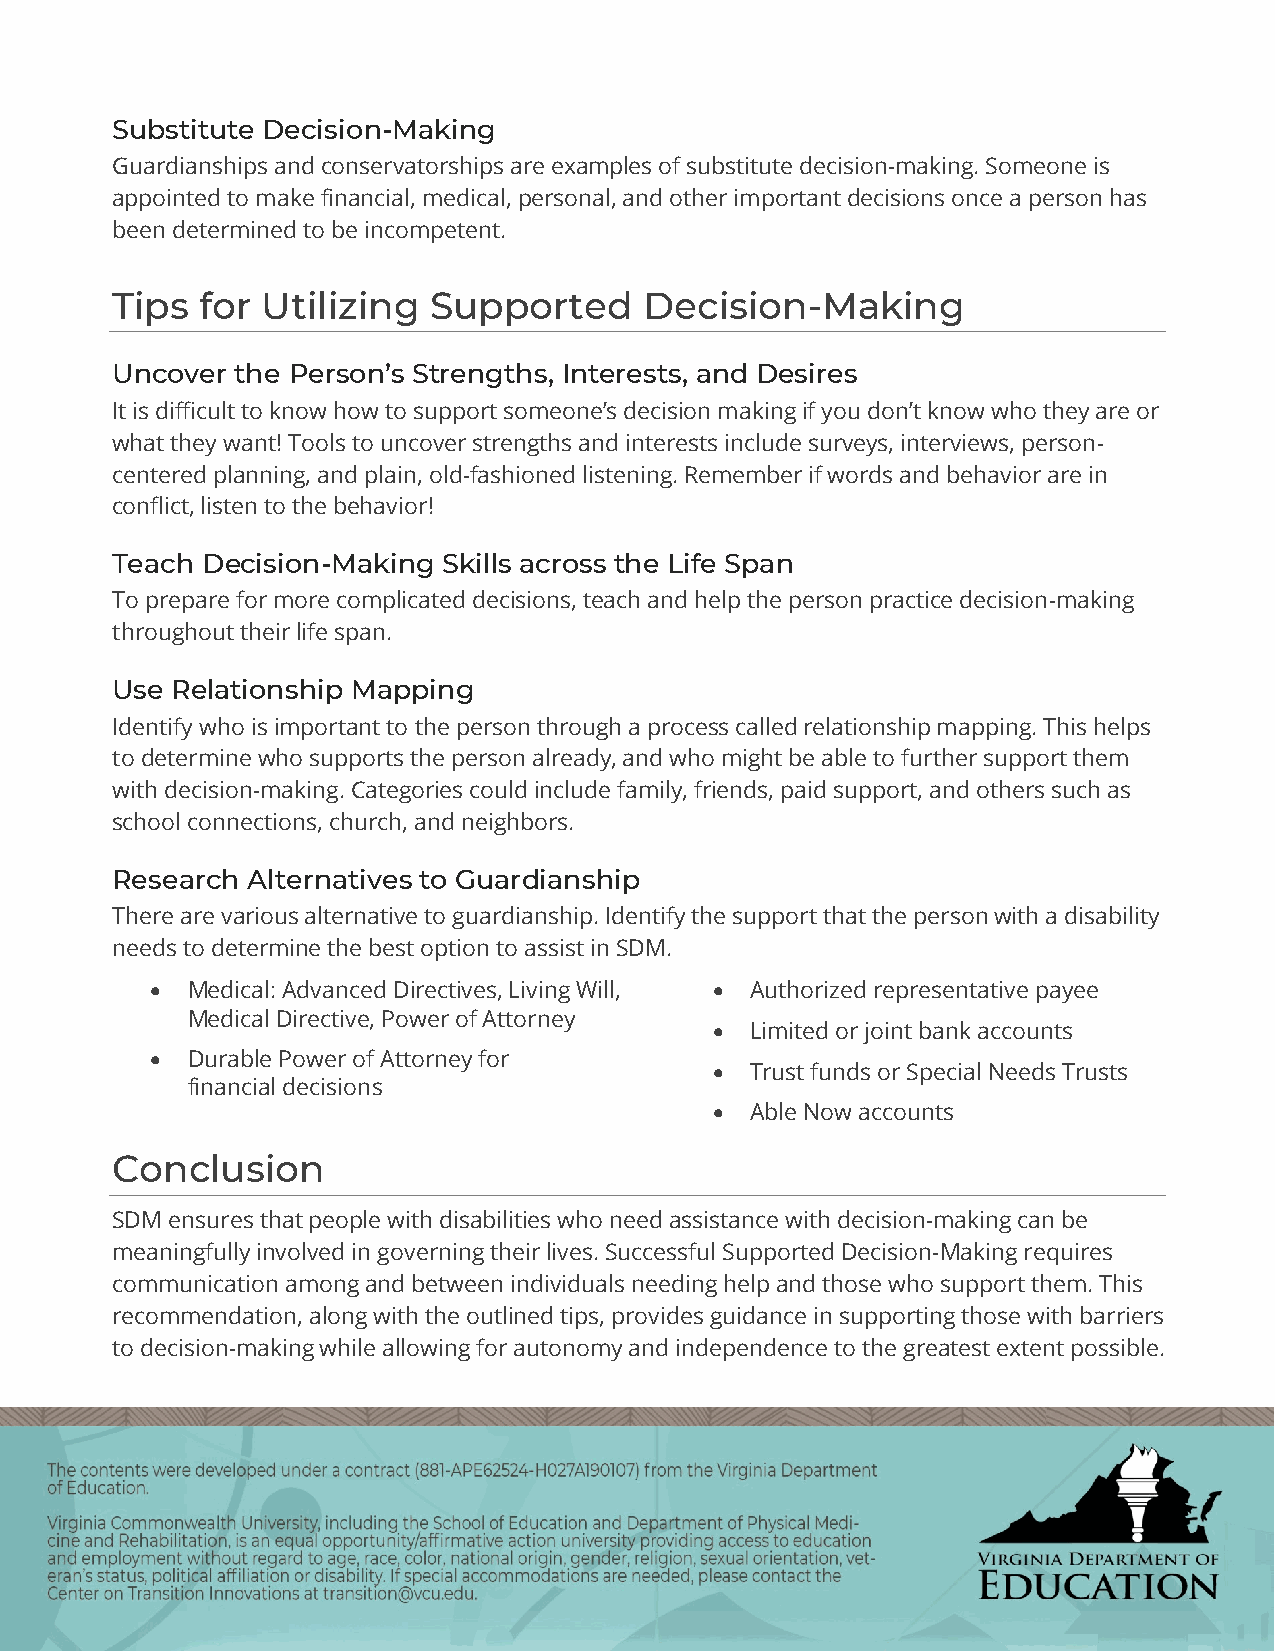
Substitute Decision-Making
 Guardianships and conservatorships are examples of substitute decision-making. Someone is
 appointed to make financial, medical, personal, and other important decisions once a person has
 been determined to be incompetent.
 Tips  for Utilizing  Supported      Decision-Making
 Uncover  the Person’s Strengths, Interests, and Desires
 It is difficult to know how to support someone’s decision making if you don’t know who they are or
 what they want! Tools to uncover strengths and interests include surveys, interviews, person-
 centered planning, and plain, old-fashioned listening. Remember if words and behavior are in
 conflict, listen to the behavior!
 Teach Decision-Making Skills across the Life Span
 To prepare for more complicated decisions, teach and help the person practice decision-making
 throughout their life span.
 Use Relationship Mapping
 Identify who is important to the person through a process called relationship mapping. This helps
 to determine who supports the person already, and who might be able to further support them
 with decision-making. Categories could include family, friends, paid support, and others such as
 school connections, church, and neighbors.
 Research Alternatives to Guardianship
 There are various alternative to guardianship. Identify the support that the person with a disability
 needs to determine the best option to assist in SDM.
  Medical: Advanced Directives, Living Will,  Authorized representative payee
 Medical Directive, Power of Attorney
   Limited or joint bank accounts
  Durable Power of Attorney for
   Trust funds or Special Needs Trusts
 financial decisions
   Able Now accounts
 Conclusion
 SDM ensures that people with disabilities who need assistance with decision-making can be
 meaningfully involved in governing their lives. Successful Supported Decision-Making requires
 communication among and between individuals needing help and those who support them. This
 recommendation, along with the outlined tips, provides guidance in supporting those with barriers
 to decision-making while allowing for autonomy and independence to the greatest extent possible.